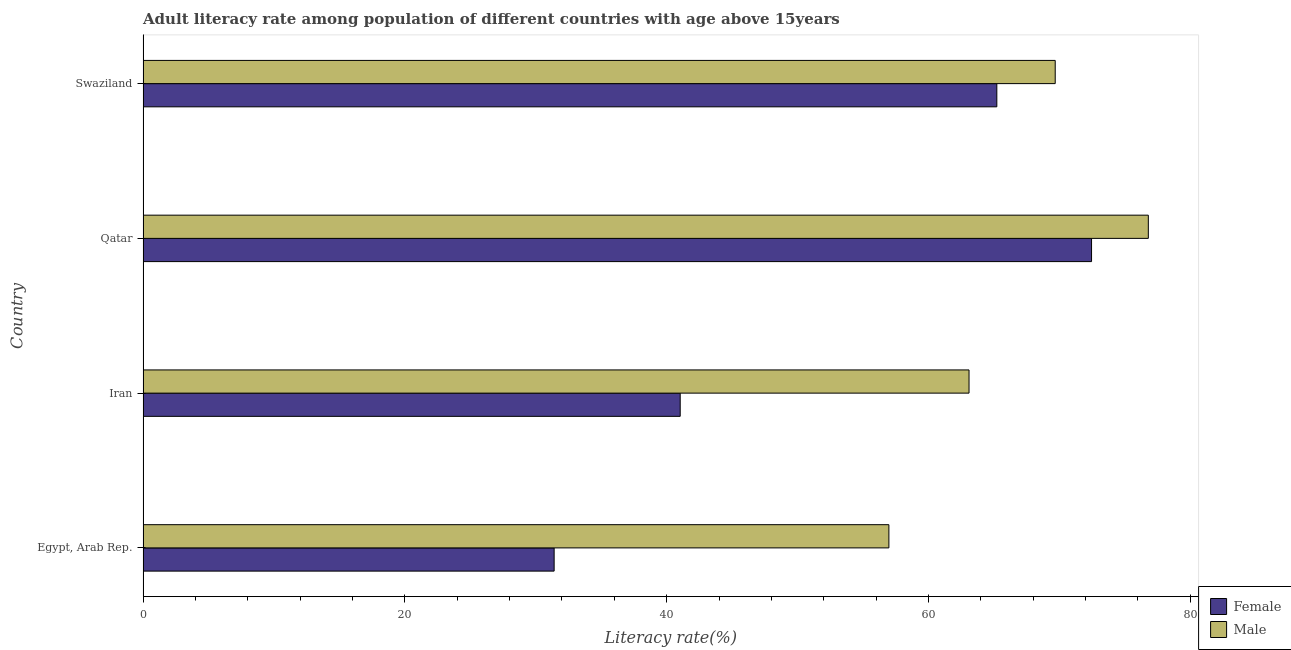
| Country | Female | Male |
 | --- | --- | --- |
 | Egypt, Arab Rep. | 31.4 | 57 |
 | Iran | 41 | 63.1 |
 | Qatar | 72.5 | 76.8 |
 | Swaziland | 65.2 | 69.7 |